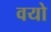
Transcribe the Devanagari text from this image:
वयो